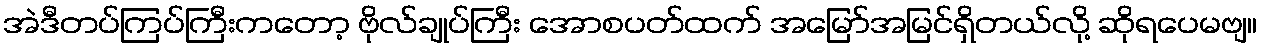
အဲဒီတပ်ကြပ်ကြီးကတော့ ဗိုလ်ချုပ်ကြီး အောစပတ်ထက် အမြော်အမြင်ရှိတယ်လို့ ဆိုရပေမဗျ။